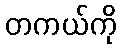
တကယ်ကို